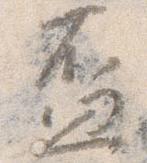
盃